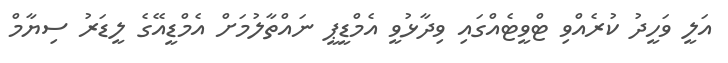
އަލީ ވަހީދު ކުރެއްވި ޓްވީޓެއްގައި ވިދާޅުވީ އެމްޑީޕީ ނައްތާލުމަށް އެމްޑީއޭގެ ލީޑަރު ސިޔާމް